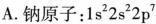
A.钠原子：1s^{2}2s^{2}2p^{7}